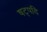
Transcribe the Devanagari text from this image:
षट्पदि